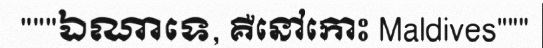
"""ឯណាទេ, គឺនៅកោះ Maldives"""